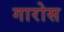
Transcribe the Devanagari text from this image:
गारोस